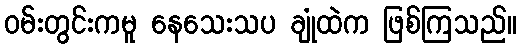
ဝမ်းတွင်းကမူ နေသေးသပ ချုံထဲက ဖြစ်ကြသည်။